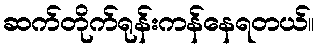
ဆက်တိုက်ရုန်းကန်နေရတယ်။